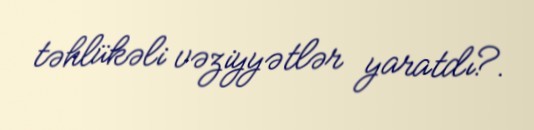
təhlükəli vəziyyətlər yaratdı?.